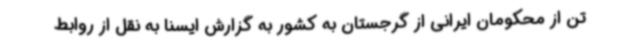
تن از محکومان ایرانی از گرجستان به کشور به گزارش ایسنا به نقل از روابط